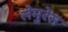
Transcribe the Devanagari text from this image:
लेमुरेस